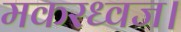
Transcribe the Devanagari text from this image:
मकरध्वज।